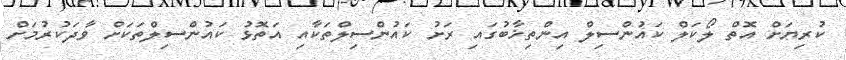
ކުރިޔަށް އޮތް ލޯކަލް ކައުންސިލް އިންތިޚާބުގައި ރަށު ކައުންސިލްތަކާއި އަތޮޅު ކައުންސިލްތަކަށް ވާދަކުރުމަށް